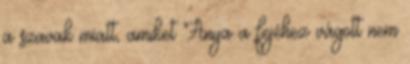
a szavak miatt, amiket Anya a fejéhez vágott nem